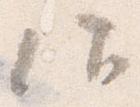
仰